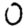
Digit: 0